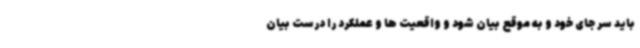
باید سر جای خود و به موقع بیان شود و واقعیت ها و عملکرد را درست بیان